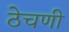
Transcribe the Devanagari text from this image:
ठेचणी